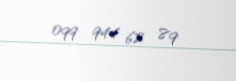
099 944 62 89